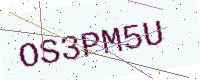
Text: OS3PM5U